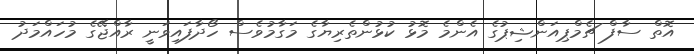
އޮތް ސާފް ޗެމްޕިއަންޝިޕުގެ އެންމެ މޮޅު ކުޅުންތެރިޔާގެ މަގާމުވެސް ހޯދާފައިވަނީ ރާއްޖޭގެ މުހައްމަދު